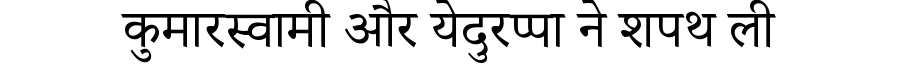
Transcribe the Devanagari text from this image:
कुमारस्वामी और येदुरप्पा ने शपथ ली